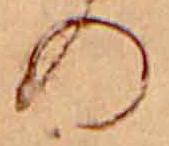
の